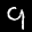
Label: 9